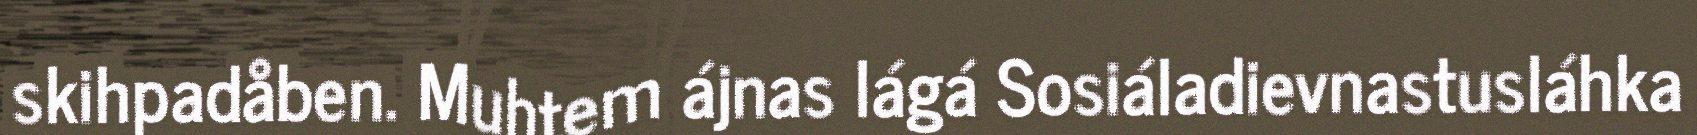
skihpadåben. Muhtem ájnas lágá Sosiáladievnastusláhka